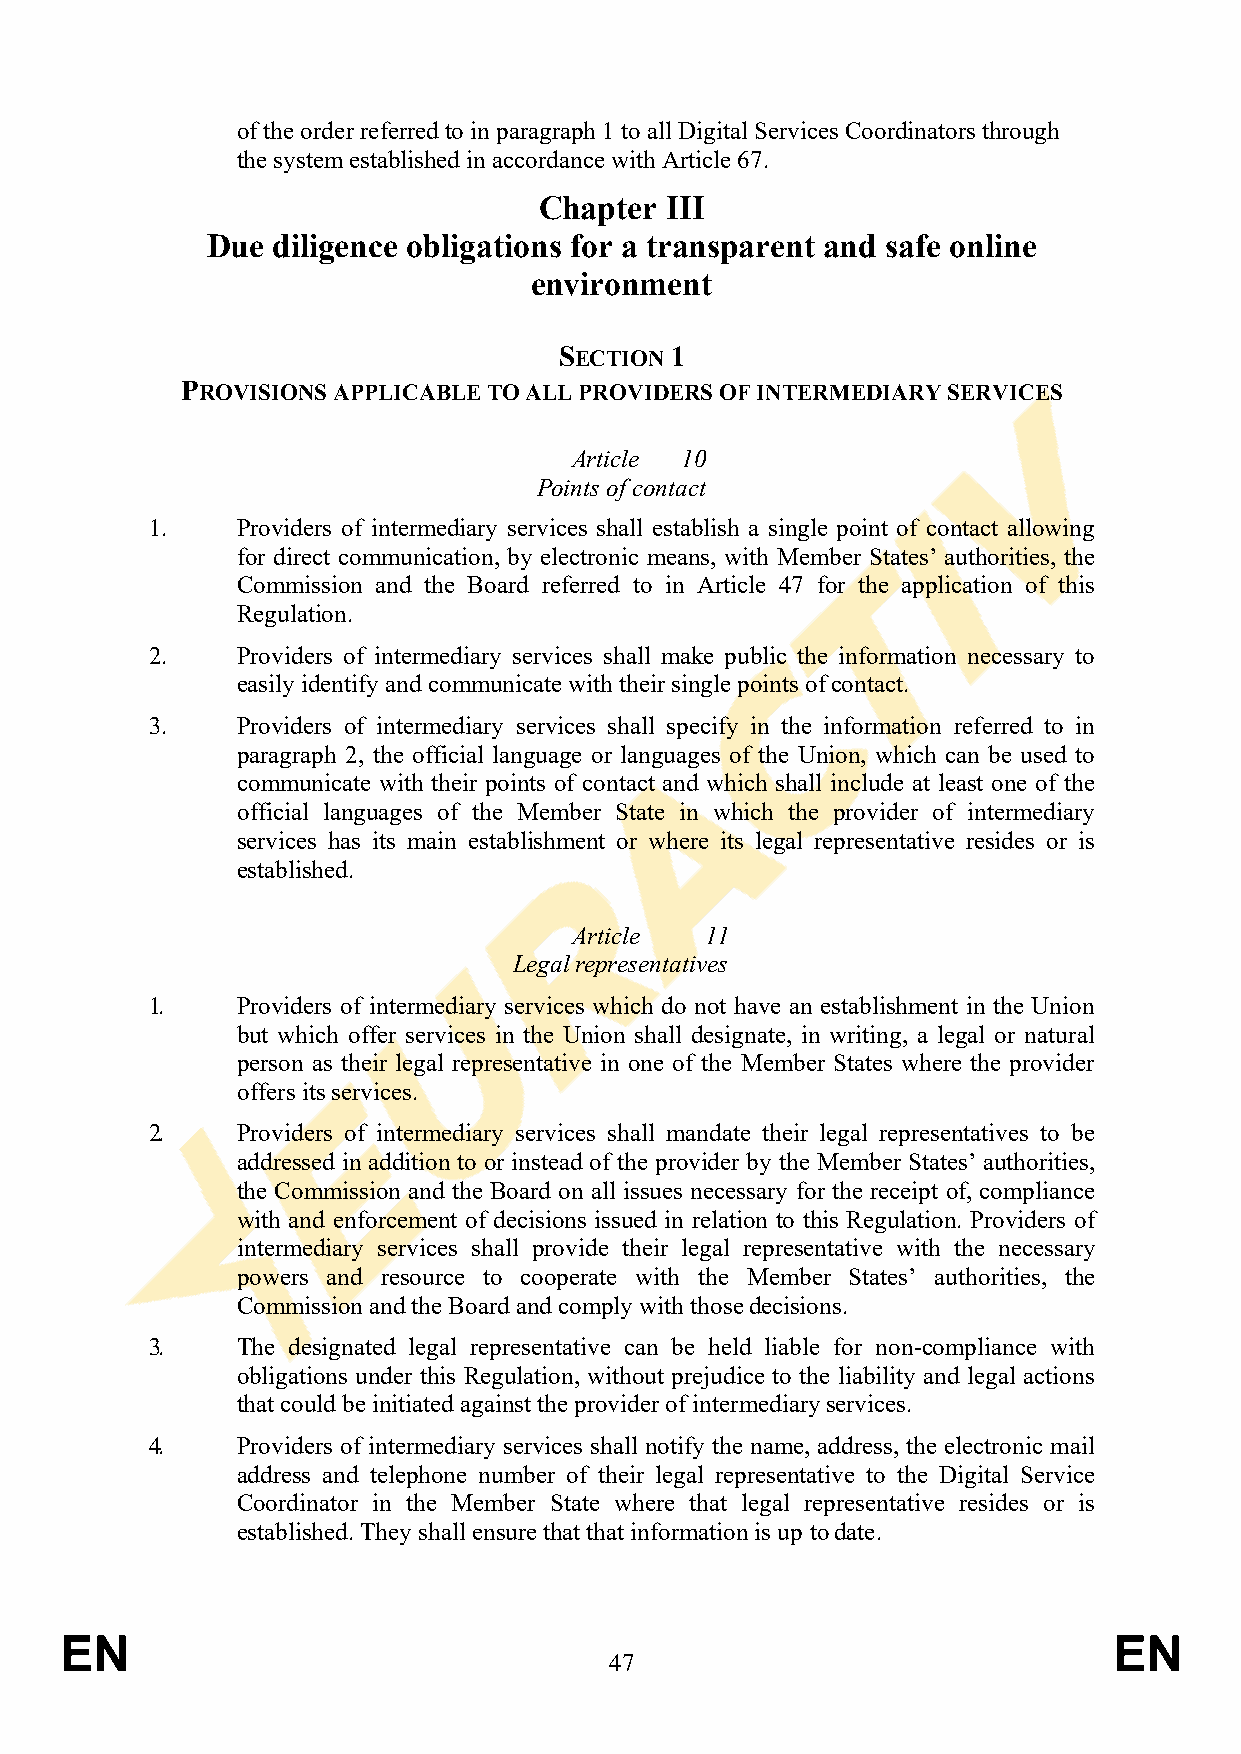
of the order referred to in paragraph 1 to all Digital Services Coordinators through
 the system established in accordance with Article 67.
 Chapter III
 Due diligence obligations for a transparent and safe online
 environment
 SECTION 1
 PROVISIONS APPLICABLE TO ALL PROVIDERS OF INTERMEDIARY SERVICES
 Article 10
 Points of contact
 1.    Providers of intermediary services shall establish a single point of contact allowing
 for direct communication, by electronic means, with Member States’ authorities, the
 Commission and the Board referred to in Article 47 for the application of this
 Regulation.
 2.    Providers of intermediary services shall make public the information necessary to
 easily identify and communicate with their single points of contact.
 3.    Providers of intermediary services shall specify in the information referred to in
 paragraph 2, the official language or languages of the Union, which can be used to
 communicate with their points of contact and which shall include at least one of the
 official languages of the Member State in which the provider of intermediary
 services has its main establishment or where its legal representative resides or is
 established.
 Article  11
 Legal representatives
 1.    Providers of intermediary services which do not have an establishment in the Union
 but which offer services in the Union shall designate, in writing, a legal or natural
 person as their legal representative in one of the Member States where the provider
 offers its services.
 2.    Providers of intermediary services shall mandate their legal representatives to be
 addressed in addition to or instead of the provider by the Member States’ authorities,
 the Commission and the Board on all issues necessary for the receipt of, compliance
 with and enforcement of decisions issued in relation to this Regulation. Providers of
 intermediary services shall provide their legal representative with the necessary
 powers and resource to cooperate with the Member States’ authorities, the
 Commission and the Board and comply with those decisions.
 3.    The designated legal representative can be held liable for non-compliance with
 obligations under this Regulation, without prejudice to the liability and legal actions
 that could be initiated against the provider of intermediary services.
 4.    Providers of intermediary services shall notify the name, address, the electronic mail
 address and telephone number of their legal representative to the Digital Service
 Coordinator in the Member State where that legal representative resides or is
 established. They shall ensure that that information is up to date.
 EN                                                                    EN
 47